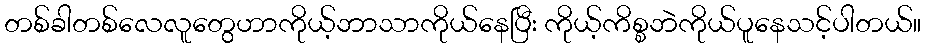
တစ်ခါတစ်လေလူတွေဟာကိုယ့်ဘာသာကိုယ်နေပြီး ကိုယ့်ကိစ္စဘဲကိုယ်ပူနေသင့်ပါတယ်။